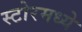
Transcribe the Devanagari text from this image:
स्टोरमध्ये